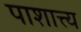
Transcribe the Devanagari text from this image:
पाशात्त्य